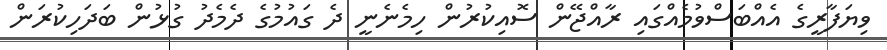
ވިޔަފާރީގެ އެއްބަސްވުމެއްގައި ރާއްޖޭން ސޮއިކުރުން ހިމެނެނީ ދެ ގައުމުގެ ދެމެދު ގުޅުން ބަދަހިކުރަން